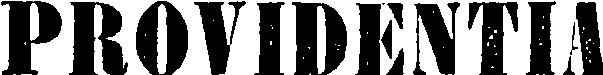
PROVIDENTIA